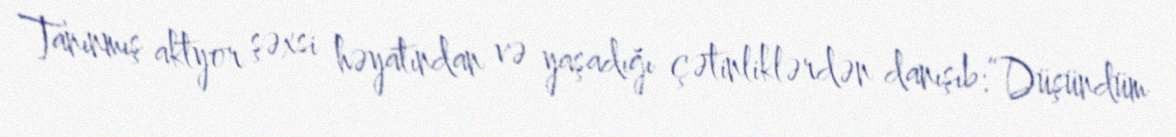
Tanınmış aktyor şəxsi həyatından və yaşadığı çətinliklərdən danışıb:“Düşündüm